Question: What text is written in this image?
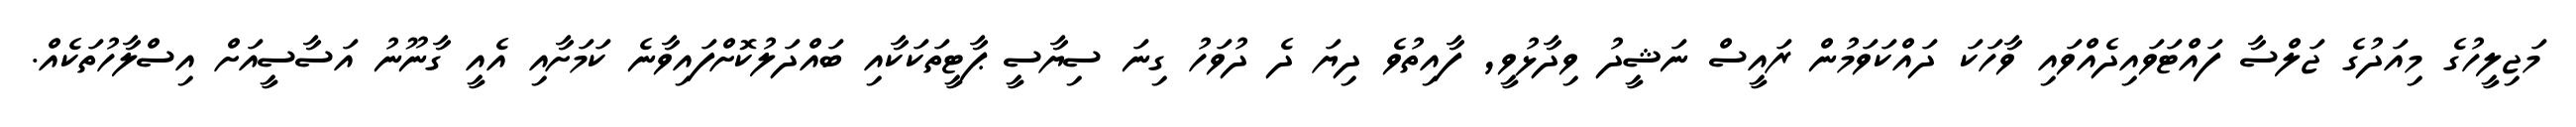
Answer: މަޖިލީހުގެ މިއަދުގެ ޖަލްސާ ފައްޓަވައިދެއްވައި ވާހަކަ ދައްކަވަމުން ރައީސް ނަޝީދު ވިދާޅުވީ, ފާއިތުވެ ދިޔަ ދެ ދުވަހު ގިނަ ސިޔާސީ ޕާޓީތަކަކާއި ބައްދަލުކޮށްފައިވާނެ ކަމަށާއި އެއީ ގާނޫނު އަސާސީއަށް އިސްލާހުތަކެއް.